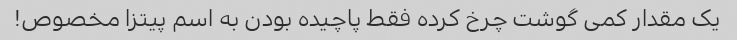
یک مقدار کمی گوشت چرخ کرده فقط پاچیده بودن به اسم پیتزا مخصوص!